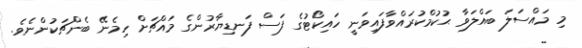
މި މައްސަލަ ބައްލަވާ ޙުކުމްކުރައްވާފައިވަނީ ހައިކޯޓުގެ ފަސް ފަނޑިޔާރުންގެ މައްޗަށް ހިމެނޭ ބެންޗަކުންނެވެ.